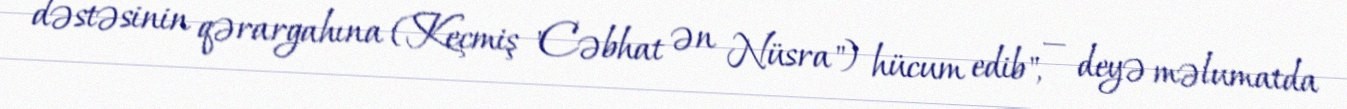
dəstəsinin qərargahına (Keçmiş "Cəbhat ən Nüsra") hücum edib", — deyə məlumatda